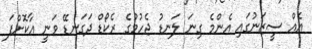
އެއް ސީޒަނުގައި އެންމެ ގިނަ ލަނޑު ޖެހުމުގެ ރެކޯޑް ދަގަނޑޭ ވަނީ އާކޮށްފަ